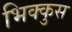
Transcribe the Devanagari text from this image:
भिक्कुस